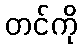
တင်ကို